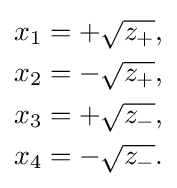
{\begin{aligned}x_{1}&=+{\sqrt {z_{+}}},\\x_{2}&=-{\sqrt {z_{+}}},\\x_{3}&=+{\sqrt {z_{-}}},\\x_{4}&=-{\sqrt {z_{-}}}.\end{aligned}}